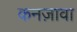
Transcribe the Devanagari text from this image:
कनज़ावा